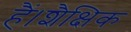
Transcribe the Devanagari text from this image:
हैं।शैक्षिक